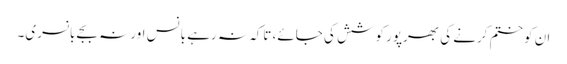
ان کو ختم کرنے کی بھرپور کوشش کی جائے، تاکہ نہ رہے بانس اور نہ بجے بانسری۔